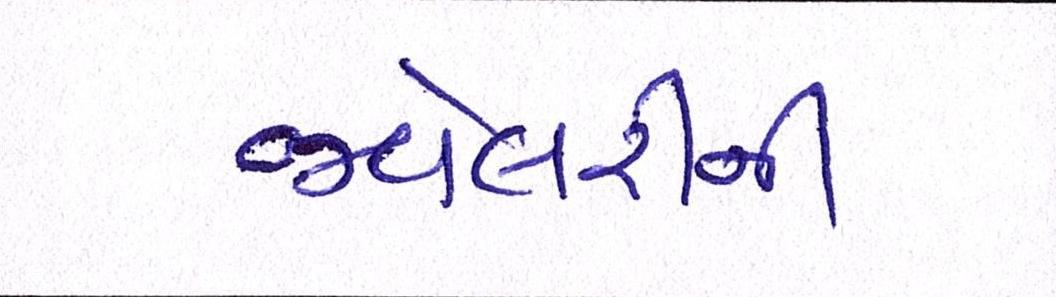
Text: જ્વેલરીની